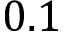
0 . 1